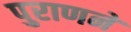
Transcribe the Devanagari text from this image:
पुराणने